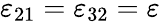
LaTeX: \varepsilon_{21}=\varepsilon_{32}=\varepsilon